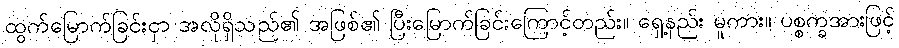
ထွက်မြောက်ခြင်းငှာ အလိုရှိသည်၏ အဖြစ်၏ ပြီးမြောက်ခြင်းကြောင့်တည်း။ ရှေ့နည်း မူကား။ ပစ္စက္ခအားဖြင့်